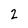
Character: 2